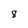
Character: 8